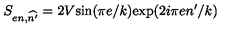
S _ { e n , \widehat { n ^ { \prime } } } = 2 V \mathrm { s i n } ( \pi e / k ) \mathrm { e x p } ( 2 i \pi e n ^ { \prime } / k )